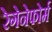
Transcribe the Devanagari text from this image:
रेगेनेफोर्म